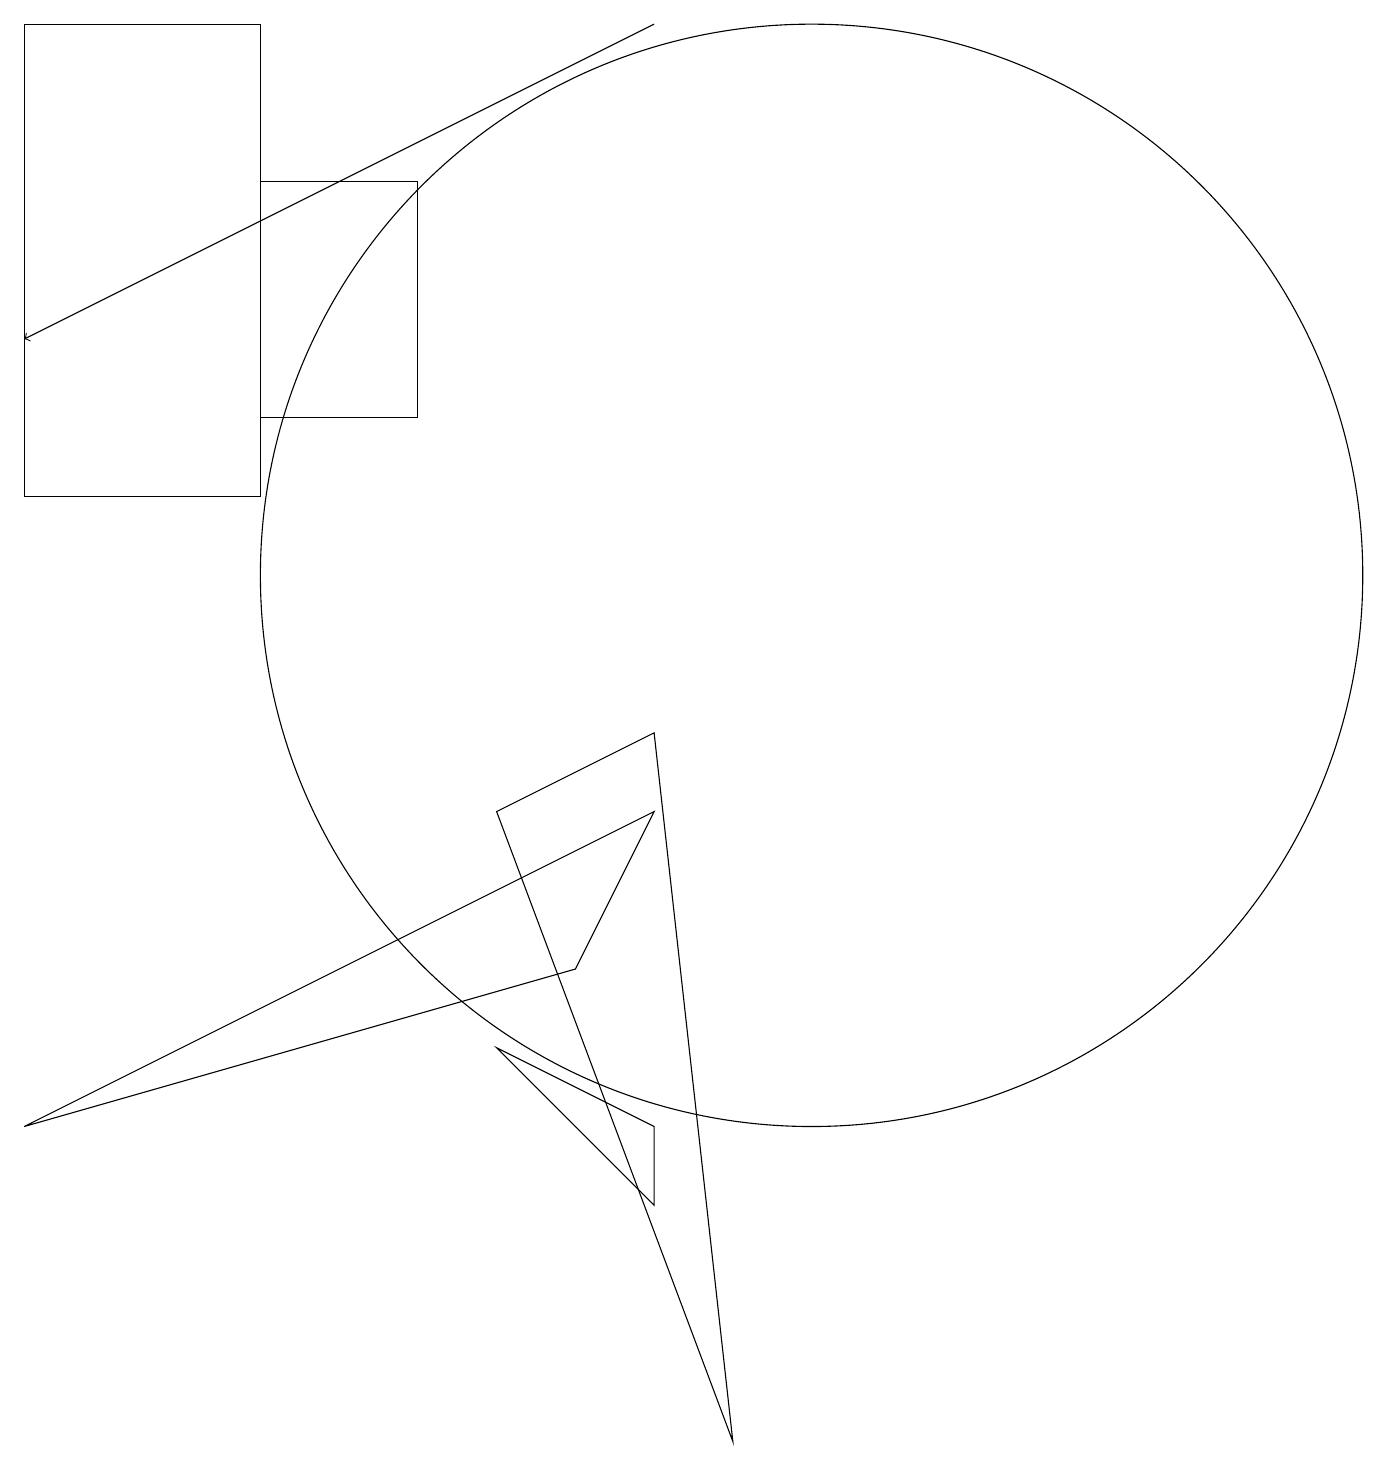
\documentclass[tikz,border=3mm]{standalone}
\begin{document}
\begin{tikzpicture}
\draw (3,18) rectangle (0,12);
\draw (7,6) -- (0,4) -- (8,8) -- cycle;
\draw[->] (8,18) -- (0,14);
\draw (10,11) circle (7);
\draw (8,4) -- (6,5) -- (8,3) -- cycle;
\draw (5,16) rectangle (3,13);
\draw (6,8) -- (9,0) -- (8,9) -- cycle;
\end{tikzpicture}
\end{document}